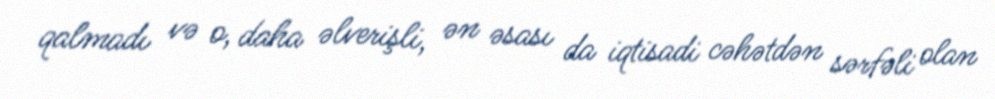
qalmadı və o, daha əlverişli, ən əsası da iqtisadi cəhətdən sərfəli olan